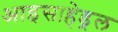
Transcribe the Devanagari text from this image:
आइसाहेड्रल